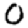
Digit: 0